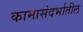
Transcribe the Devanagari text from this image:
कामासंदर्भातील